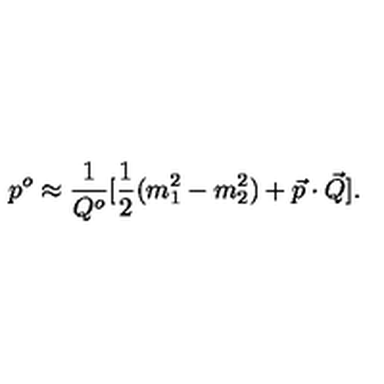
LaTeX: p ^ { o } \approx { \frac { 1 } { Q ^ { o } } } [ { \frac { 1 } { 2 } } ( m _ { 1 } ^ { 2 } - m _ { 2 } ^ { 2 } ) + \vec { p } \cdot \vec { Q } ] .